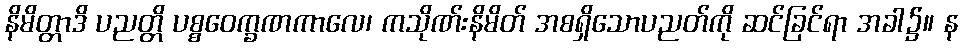
နိမိတ္တာဒိ ပညတ္တိ ပစ္စဝေက္ခဏကာလေ၊ ကသိုဏ်းနိမိတ် အစရှိသောပညတ်ကို ဆင်ခြင်ရာ အခါ၌။ န